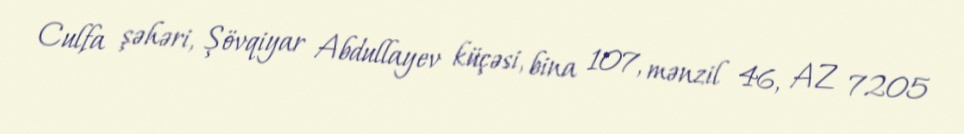
Culfa şəhəri, Şövqiyar Abdullayev küçəsi, bina 107, mənzil 46, AZ 7205